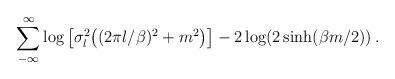
LaTeX: \begin{align*}\sum_{-\infty}^\infty \log \big[\sigma_l^2 \big((2 \pi l / \beta)^2 + m^2 \big)\big]- 2 \log (2\sinh(\beta m/2))\,.\end{align*}